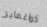
كواغماير